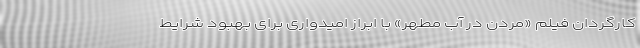
کارگردان فیلم «مردن در آب مطهر» با ابراز امیدواری برای بهبود شرایط